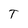
Character: T